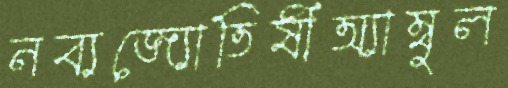
নব্যজ্যোতিষীঅ্যাম্বুল